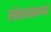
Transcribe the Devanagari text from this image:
लोकल्समध्ये